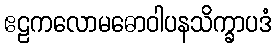
ဧဠကလောမဓောဝါပနသိက္ခာပဒံ